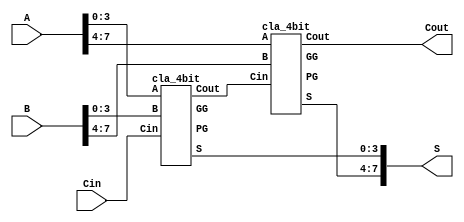
`timescale 1ns / 1ps
//////////////////////////////////////////////////////////////////////////////////
// Company: 
// Engineer: 
// 
// Design Name: 
// Module Name: cla_8bit
// Project Name: 
// Target Devices: 
// Tool Versions: 
// Description: 
// 
// Dependencies: 
// 
// Revision:
// Revision 0.01 - File Created
// Additional Comments:
// 
//////////////////////////////////////////////////////////////////////////////////


module cla_8bit(
    output [7:0]S,
    output Cout,
    input [7:0]A,
    input [7:0]B,
    input Cin);
    
    wire G1, G2, Cm, P1, P2;
    cla_4bit CLA0(S[3:0], Cm, P1, G1, A[3:0], B[3:0], Cin);
    cla_4bit CLA1(S[7:4], Cout, P2, G2, A[7:4], B[7:4], Cm);
endmodule


module cla_4bit(
    output [3:0]S,
    output Cout,PG,GG,
    input [3:0]A,
    input [3:0]B,
    input Cin
    );
    wire [3:0] G,P,C;

    assign C[0] = Cin;
    pfa PFA0(A[0], B[0], P[0], G[0]);

    pfa PFA1(A[1], B[1], P[1], G[1]);
    
    pfa PFA2(A[2], B[2], P[2], G[2]);
     
    pfa PFA3(A[3], B[3], P[3], G[3]);
    
    cla_logic MINI(Cin, P[3:0], G[3:0], C[3:0]);
    assign Cout = G[3] | (P[3] & G[2]) | (P[3] & P[2] & G[1]) | (P[3] & P[2] & P[1] & G[0]) |(P[3] & P[2] & P[1] & P[0] & C[0]);
    assign S[3:0] = P[3:0]^C[3:0];
    
    assign PG = P[3] & P[2] & P[1] & P[0];
    assign GG = G[3] | (P[3] & G[2]) | (P[3] & P[2] & G[1]) | (P[3] & P[2] & P[1] & G[0]);    
endmodule


module cla_logic(input Cin, input [3:0]P, input [3:0]G, output [3:0]C);    
    assign C[0] = Cin;
    assign C[1] = G[0] | (P[0] & C[0]);
    assign C[2] = G[1] | (P[1] & G[0]) | (P[1] & P[0] & C[0]);
    assign C[3] = G[2] | (P[2] & G[1]) | (P[2] & P[1] & G[0]) | (P[2] & P[1] & P[0] & C[0]);
endmodule


module pfa(input A, input B, output P, output G);
    assign P = A^B;
    assign G = A&B;
endmodule